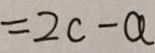
= 2 c - a